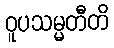
ဝူပသမ္မတီတိ